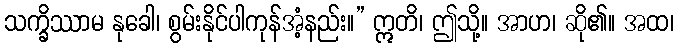
သက္ခိဿာမ နုခေါ၊ စွမ်းနိုင်ပါကုန်အံ့နည်း။” ဣတိ၊ ဤသို့။ အာဟ၊ ဆို၏။ အထ၊